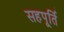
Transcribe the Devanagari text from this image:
सहपूर्ति